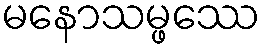
မနောသမ္ဖဿေ